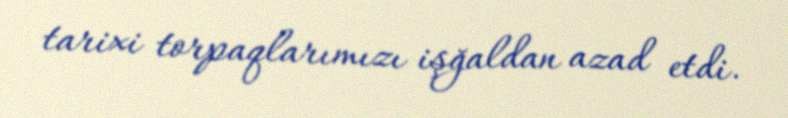
tarixi torpaqlarımızı işğaldan azad etdi.